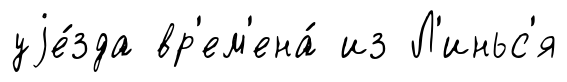
уjе́зда вр'ем'ена́ из Л'иньс'я